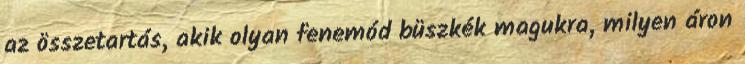
az összetartás, akik olyan fenemód büszkék magukra, milyen áron